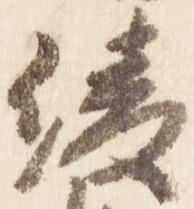
綾